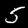
Label: 5